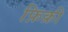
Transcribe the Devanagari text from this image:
फ़िक्री